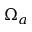
\Omega _ { a }